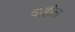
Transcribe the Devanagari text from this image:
वाहील